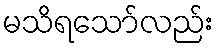
မသိရသော်လည်း